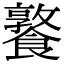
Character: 𩞤